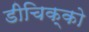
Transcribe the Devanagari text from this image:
डीचिक्को